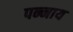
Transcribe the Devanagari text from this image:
पन्नाय